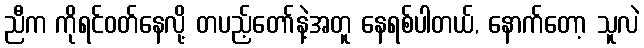
ညီက ကိုရင်ဝတ်နေလို့ တပည့်တော်နဲ့အတူ နေရစ်ပါတယ်, နောက်တော့ သူလဲ